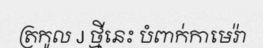
ត្រកូល J ថ្មីនេះ បំពាក់កាមេរ៉ា